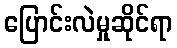
ပြောင်းလဲမှုဆိုင်ရာ